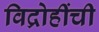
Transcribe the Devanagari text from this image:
विद्रोहींची